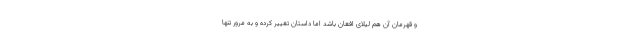
و قهرمان آن هم لیلای افغان باشد اما داستان تغییر کرده و به مرور تنها